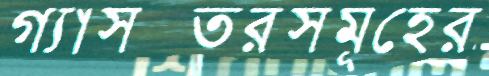
গ্যাসস্তরসমূহের